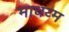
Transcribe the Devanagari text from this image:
माधय्म